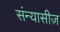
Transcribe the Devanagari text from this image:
संन्यासीज़